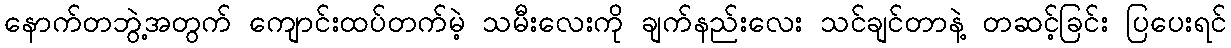
နောက်တဘွဲ့အတွက် ကျောင်းထပ်တက်မဲ့ သမီးလေးကို ချက်နည်းလေး သင်ချင်တာနဲ့ တဆင့်ခြင်း ပြပေးရင်